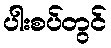
ပါးစပ်တွင်